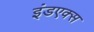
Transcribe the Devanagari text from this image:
इंडएक्स